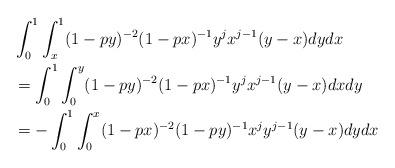
LaTeX: \begin{align*} & \int_0^1 \int_x^1 (1-py)^{-2}(1-px)^{-1}y^jx^{j-1}(y-x)dydx \\ &= \int_0^1 \int_0^y (1-py)^{-2}(1-px)^{-1}y^jx^{j-1}(y-x)dxdy \\ &= -\int_0^1 \int_0^x (1-px)^{-2}(1-py)^{-1}x^jy^{j-1}(y-x)dydx\end{align*}